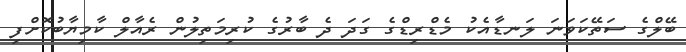
ބޭލްގެ ސަތޭކަވަނަ ލަނޑާއެކު މެޑްރިޑްގެ ގަދަ ދެ ބާރުގެ ކުރިމަތިލުން ރެއާލް ކާމިޔާބުކޮށްފި